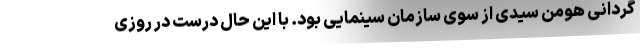
گردانی هومن سیدی از سوی سازمان سینمایی بود. با این حال درست در روزی